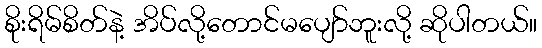
စိုးရိမ်စိတ်နဲ့ အိပ်လို့တောင်မပျော်ဘူးလို့ ဆိုပါတယ်။